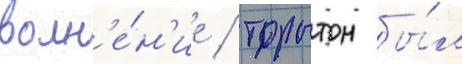
волн'е́н'ие / торнтон бы́л